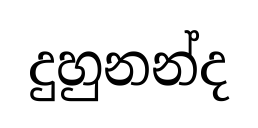
දුහුනන්ද